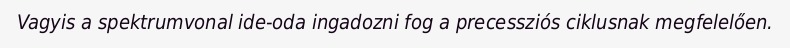
Vagyis a spektrumvonal ide-oda ingadozni fog a precessziós ciklusnak megfelelően.